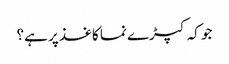
جو کہ کپڑے نما کاغذ پر ہے؟